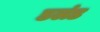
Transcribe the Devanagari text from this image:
डलंड